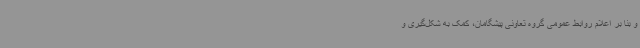
و بنا بر اعلام روابط عمومی گروه تعاونی پیشگامان، کمک به شکل‌گیری و